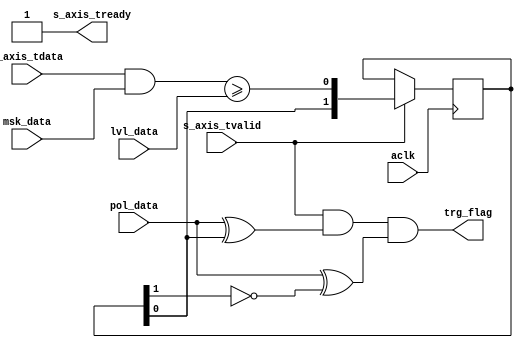

`timescale 1 ns / 1 ps

module axis_trigger #
(
  parameter integer AXIS_TDATA_WIDTH = 32,
  parameter         AXIS_TDATA_SIGNED = "FALSE"
)
(
  // System signals
  input  wire                        aclk,

  input  wire                        pol_data,
  input  wire [AXIS_TDATA_WIDTH-1:0] msk_data,
  input  wire [AXIS_TDATA_WIDTH-1:0] lvl_data,

  output wire                        trg_flag,

  // Slave side
  output wire                        s_axis_tready,
  input  wire [AXIS_TDATA_WIDTH-1:0] s_axis_tdata,
  input  wire                        s_axis_tvalid
);

  reg [1:0] int_comp_reg;
  wire int_comp_wire;

  generate
    if(AXIS_TDATA_SIGNED == "TRUE")
    begin : SIGNED
      assign int_comp_wire = $signed(s_axis_tdata & msk_data) >= $signed(lvl_data);
    end
    else
    begin : UNSIGNED
      assign int_comp_wire = (s_axis_tdata & msk_data) >= lvl_data;
    end
  endgenerate

  always @(posedge aclk)
  begin
    if(s_axis_tvalid)
    begin
      int_comp_reg <= {int_comp_reg[0], int_comp_wire};
    end
  end

  assign s_axis_tready = 1'b1;

  assign trg_flag = s_axis_tvalid & (pol_data ^ int_comp_reg[0]) & (pol_data ^ ~int_comp_reg[1]);

endmodule